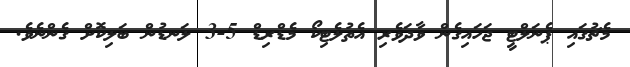
މެޗުގައި ޕެނަލްޓީ ޖަހައިގެން ވާދަވެރި އެތުލެޓިކޯ މެޑްރިޑް 5-3 ލަނޑުން ބަލިކޮށް ގެންނެވެ.